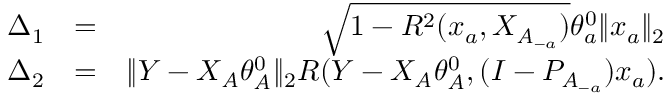
\begin{array} { r l r } { \Delta _ { 1 } } & { = } & { \sqrt { 1 - R ^ { 2 } ( x _ { a } , X _ { \mathit { A } _ { - a } } ) } \theta _ { a } ^ { 0 } \| x _ { a } \| _ { 2 } } \\ { \Delta _ { 2 } } & { = } & { \| Y - X _ { \mathit { A } } \theta _ { \mathit { A } } ^ { 0 } \| _ { 2 } R ( Y - X _ { \mathit { A } } \theta _ { \mathit { A } } ^ { 0 } , ( I - P _ { \mathit { A } _ { - a } } ) x _ { a } ) . } \end{array}